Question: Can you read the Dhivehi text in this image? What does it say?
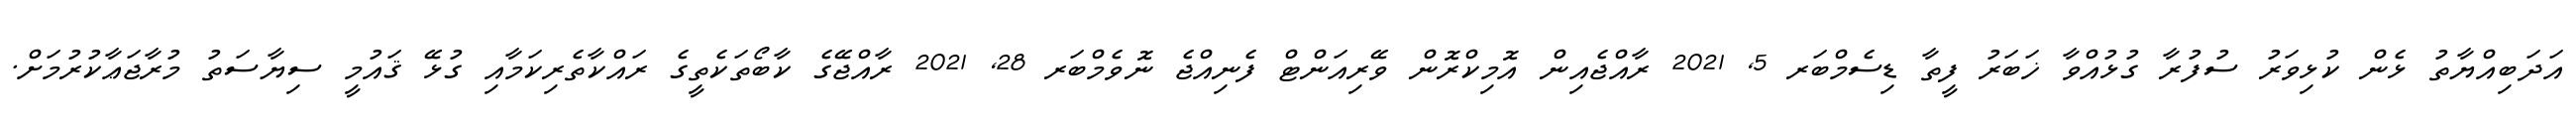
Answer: އަދަބިއްޔާތު ޅެން ކުޅިވަރު ސުފުރާ ގުޅުއްވާ ޚަބަރު ފީތާ ޑިސެމްބަރ 5, 2021 ރާއްޖެއިން އޮމިކްރޮން ވޭރިއަންޓް ފެނިއްޖެ ނޮވެމްބަރ 28, 2021 ރާއްޖޭގެ ކާބޯތަކެތީގެ ރައްކާތެރިކަމާއި ގުޅޭ ޤައުމީ ސިޔާސަތު މުރާޖަޢާކުރުމަށް.